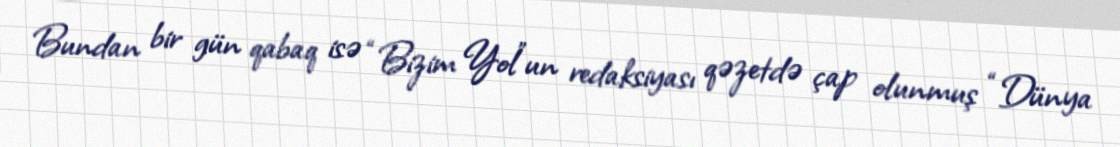
Bundan bir gün qabaq isə “Bizim Yol”un redaksiyası qəzetdə çap olunmuş “Dünya